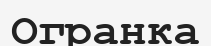
Огранка